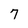
Character: 7